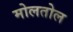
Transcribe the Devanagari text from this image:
मोलतोल